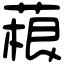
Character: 𦶠